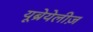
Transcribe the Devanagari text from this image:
यूब्रेयेलीज़